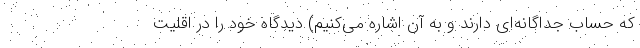
که حساب جداگانه‌ای دارند و به آن اشاره می‌کنیم) دیدگاه خود را در اقلیت